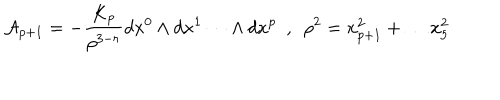
{ \cal { A } } _ { p + 1 } = - \frac { K _ { p } } { \rho ^ { 3 - r } } d x ^ { 0 } \wedge d x ^ { 1 } \dots \wedge d x ^ { p } ~ ~ , ~ ~ \rho ^ { 2 } = x _ { p + 1 } ^ { 2 } + \dots x _ { 5 } ^ { 2 }